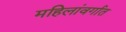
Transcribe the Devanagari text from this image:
महिलांवर्गात